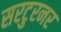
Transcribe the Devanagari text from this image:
सरटुरनर